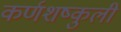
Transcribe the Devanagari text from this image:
कर्णशष्कुली